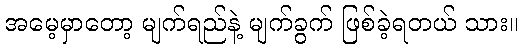
အမေ့မှာတော့ မျက်ရည်နဲ့ မျက်ခွက် ဖြစ်ခဲ့ရတယ် သား။